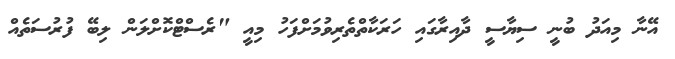
އޭނާ މިއަދު ބުނީ ސިޔާސީ ދާއިރާގައި ހަރަކާތްތެރިވުމަށްފަހު މިއީ "ރެސްޓްކޮށްލަން ލިބޭ ފުރުސަތެއް